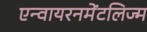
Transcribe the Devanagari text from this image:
एन्वायरनमेंटलिज्म